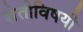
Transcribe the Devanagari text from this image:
शेतीविषयी